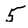
Character: 5